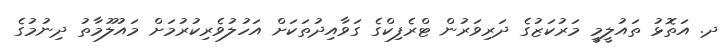
ދ. އަތޮޅު ތައުލީމީ މަރުކަޒުގެ ދަރިވަރުން ޓްރެފިކްގެ ގަވާއިދުތަކަށް އަހުލުވެރިކުރުމަށް މައުލޫމާތު ދިނުމުގެ